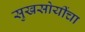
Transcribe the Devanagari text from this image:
सुखसोयींचा